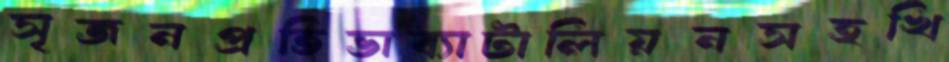
সৃজনপ্রতিভাব্যাটালিয়নসহখি